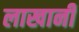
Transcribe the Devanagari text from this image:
लाखानी